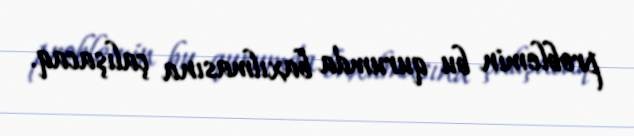
problemin bu qurumda baxılmasına çalışacaq.